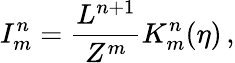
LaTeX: I_{m}^{n}=\frac{L^{n+1}}{Z^{m}}K_{m}^{n}(\eta)\, ,